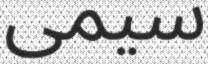
سيمى